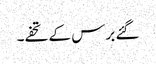
گئے برس کے تحفے۔